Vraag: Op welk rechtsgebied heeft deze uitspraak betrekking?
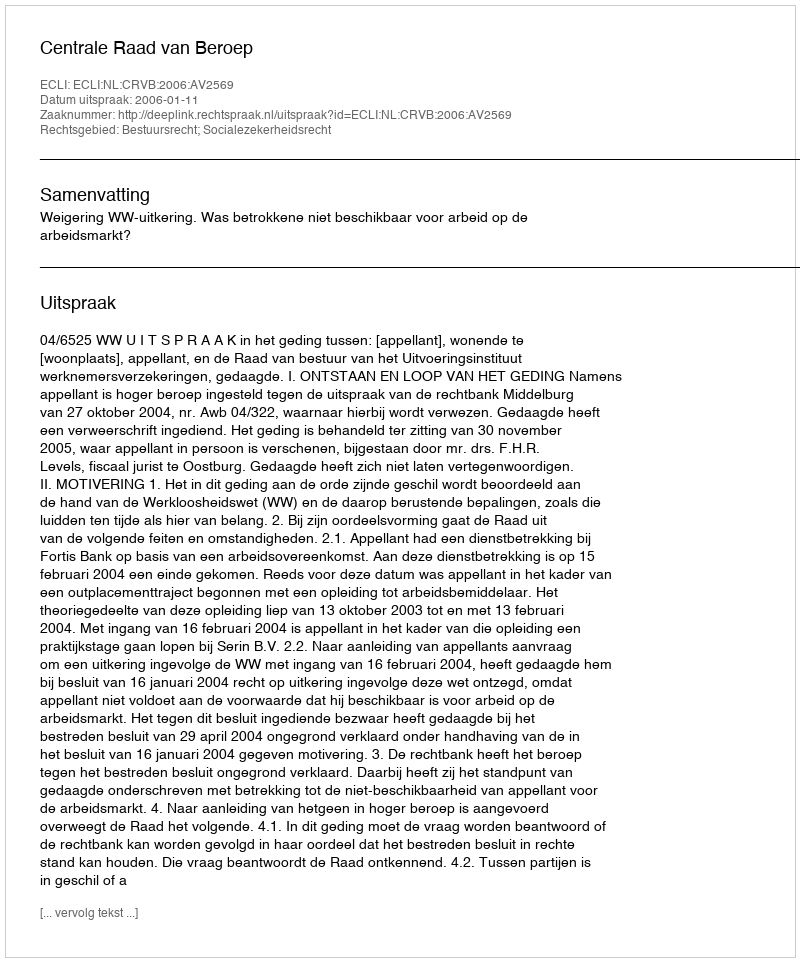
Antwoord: Bestuursrecht; Socialezekerheidsrecht